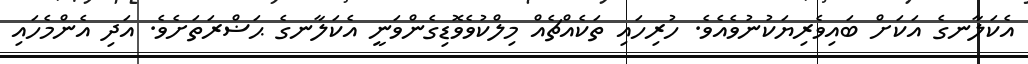
އެކަލާނގެ އަކަށް ބައިވެރިޔަކުނުވެއެވެ. ހުރިހައި ތަކެއްޗެއް މިލްކުވެވޮޑިގެންވަނީ އެކަލާނގެ ޙަޟްރަތަށެވެ. އަދި އެންމެހައި